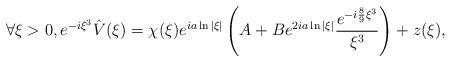
LaTeX: \begin{align*}\forall \xi >0, e^{-i\xi^3}\hat V(\xi) = \chi(\xi) e^{i a \ln |\xi|} \left( A + B e^{2ia \ln |\xi|} \frac{e^{-i \frac{8}{9} \xi^3}}{\xi^3} \right) + z(\xi),\end{align*}